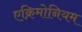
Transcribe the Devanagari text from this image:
एक्रिमोनियम